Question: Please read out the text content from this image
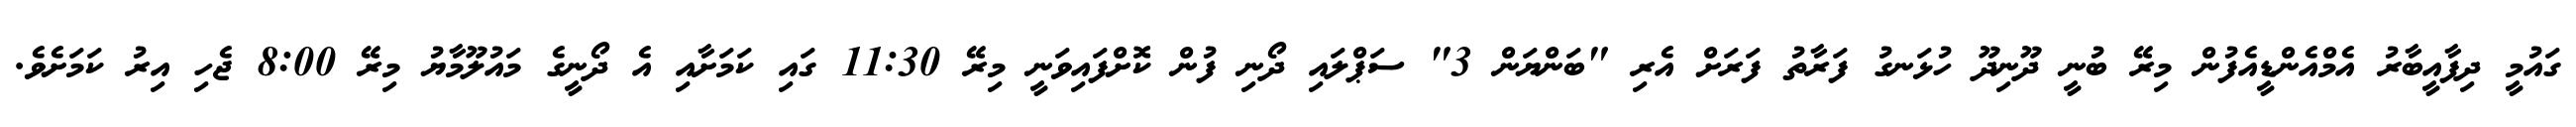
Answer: ގައުމީ ދިފާއީބާރު އެމްއެންޑީއެފުން މިރޭ ބުނީ ދޫނިދޫ ހުޅަނގު ފަރާތު ފަރަށް އެރި "ބަންޔަން 3" ސަޕްލައި ދޯނި ފުން ކޮށްފައިވަނީ މިރޭ 11:30 ގައި ކަމަށާއި އެ ދޯނީގެ މައުލޫމާޔު މިރޭ 8:00 ޖެހި އިރު ކަމަށެވެ.